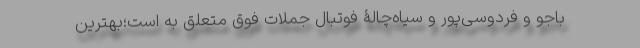
باجو و فردوسی‌پور و سیاه‌چالۀ فوتبال جملات فوق متعلق به است؛بهترین